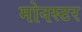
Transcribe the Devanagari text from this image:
मोनस्टर